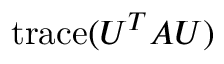
\mathrm { t r a c e } ( U ^ { T } A U )